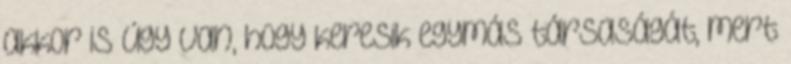
akkor is úgy van, hogy keresik egymás társaságát, mert